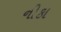
નીકા